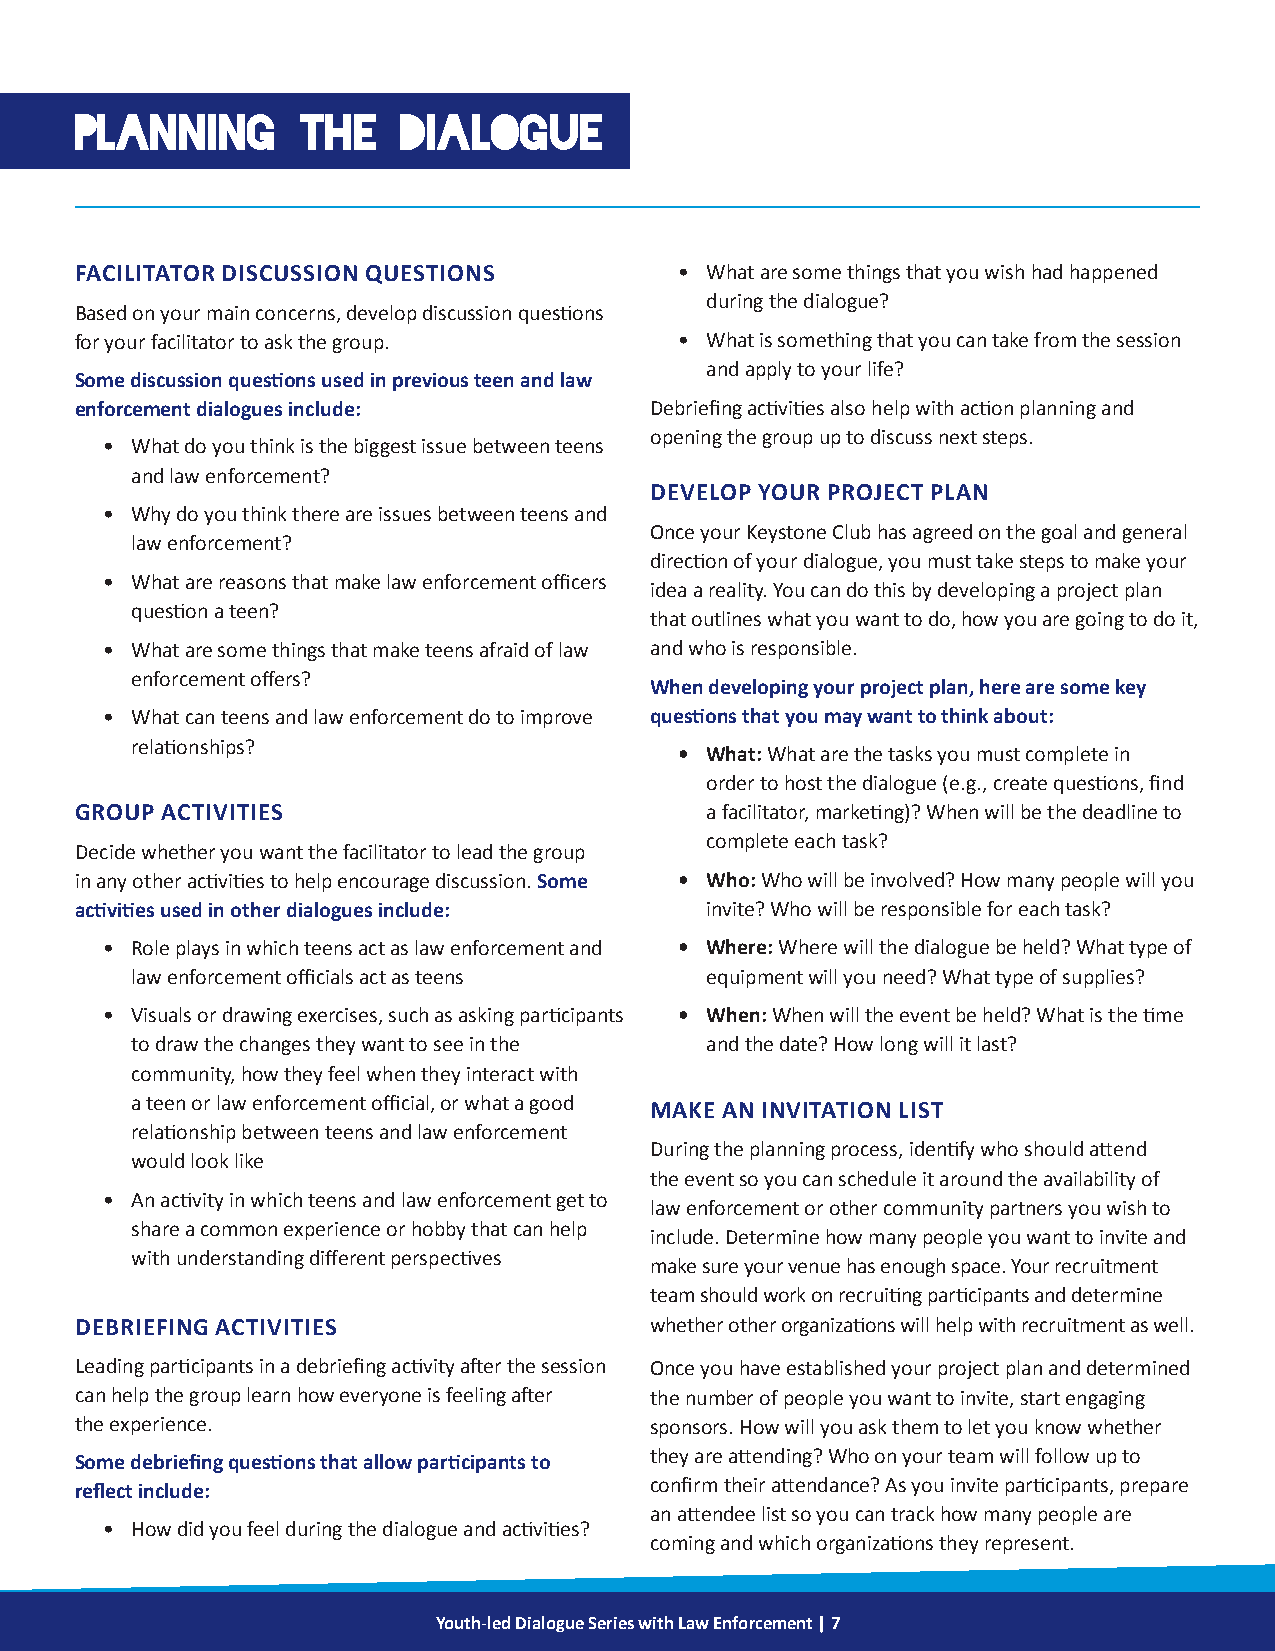
PLANNING       THE    DIALOGUE
 FACILITATOR DISCUSSION QUESTIONS        • What are some things that you wish had happened
 during the dialogue?
 Based on your main concerns, develop discussion questions
 for your facilitator to ask the group.  • What is something that you can take from the session
 and apply to your life?
 Some discussion questions used in previous teen and law
 enforcement dialogues include:        Debriefing activities also help with action planning and
 opening the group up to discuss next steps.
 • What do you think is the biggest issue between teens
 and law enforcement?
 DEVELOP YOUR PROJECT PLAN
 • Why do you think there are issues between teens and
 Once your Keystone Club has agreed on the goal and general
 law enforcement?
 direction of your dialogue, you must take steps to make your
 • What are reasons that make law enforcement officers
 idea a reality. You can do this by developing a project plan
 question a teen?
 that outlines what you want to do, how you are going to do it,
 • What are some things that make teens afraid of law and who is responsible.
 enforcement offers?
 When developing your project plan, here are some key
 • What can teens and law enforcement do to improve questions that you may want to think about:
 relationships?
 • What: What are the tasks you must complete in
 order to host the dialogue (e.g., create questions, find
 GROUP ACTIVITIES                          a facilitator, marketing)? When will be the deadline to
 complete each task?
 Decide whether you want the facilitator to lead the group
 in any other activities to help encourage discussion. Some • Who: Who will be involved? How many people will you
 activities used in other dialogues include: invite? Who will be responsible for each task?
 • Role plays in which teens act as law enforcement and • Where: Where will the dialogue be held? What type of
 law enforcement officials act as teens equipment will you need? What type of supplies?
 • Visuals or drawing exercises, such as asking participants • When: When will the event be held? What is the time
 to draw the changes they want to see in the and the date? How long will it last?
 community, how they feel when they interact with
 a teen or law enforcement official, or what a good MAKE AN INVITATION LIST
 relationship between teens and law enforcement
 During the planning process, identify who should attend
 would look like
 the event so you can schedule it around the availability of
 • An activity in which teens and law enforcement get to
 law enforcement or other community partners you wish to
 share a common experience or hobby that can help
 include. Determine how many people you want to invite and
 with understanding different perspectives
 make sure your venue has enough space. Your recruitment
 team should work on recruiting participants and determine
 DEBRIEFING ACTIVITIES                 whether other organizations will help with recruitment as well.
 Leading participants in a debriefing activity after the session Once you have established your project plan and determined
 can help the group learn how everyone is feeling after the number of people you want to invite, start engaging
 the experience.                       sponsors. How will you ask them to let you know whether
 Some debriefing questions that allow participants to they are attending? Who on your team will follow up to
 reflect include:                      confirm their attendance? As you invite participants, prepare
 an attendee list so you can track how many people are
 • How did you feel during the dialogue and activities?
 coming and which organizations they represent.
 Youth-led Dialogue Series with Law Enforcement | 7